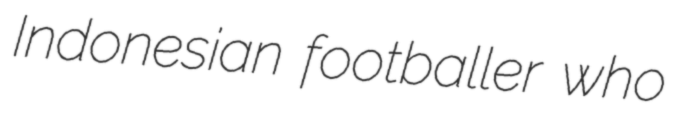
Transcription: Indonesian footballer who